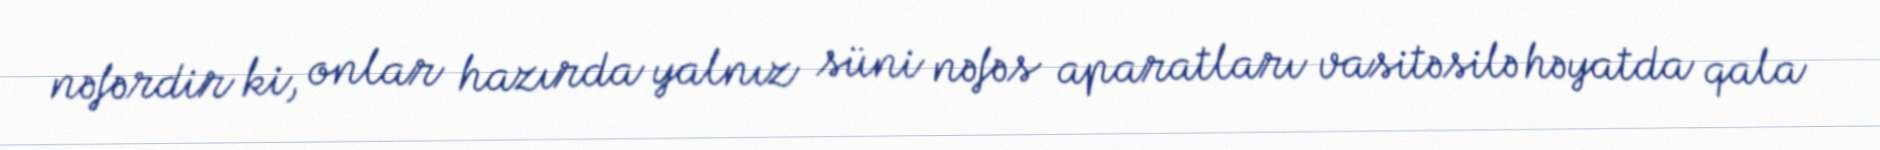
nəfərdir ki, onlar hazırda yalnız süni nəfəs aparatları vasitəsilə həyatda qala